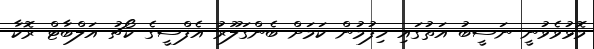
މޮޅުވެވުނީ ނަސީބު އަތުގައި ހިފުމުން ކަމަށް ބެންގަލޫރު އެފްސީގެ ކޯޗު އަލްބާޓް ރޮކާ